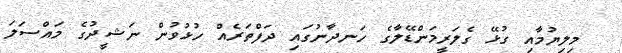
މިލިޔުމާއި ގުޅޭ ގެލަރީމަންޑޭލާގެ ހަނދާނުގައި ދަފްތަރެއް ހުޅުވުން ނަޝީދުގެ މައްސަލަ